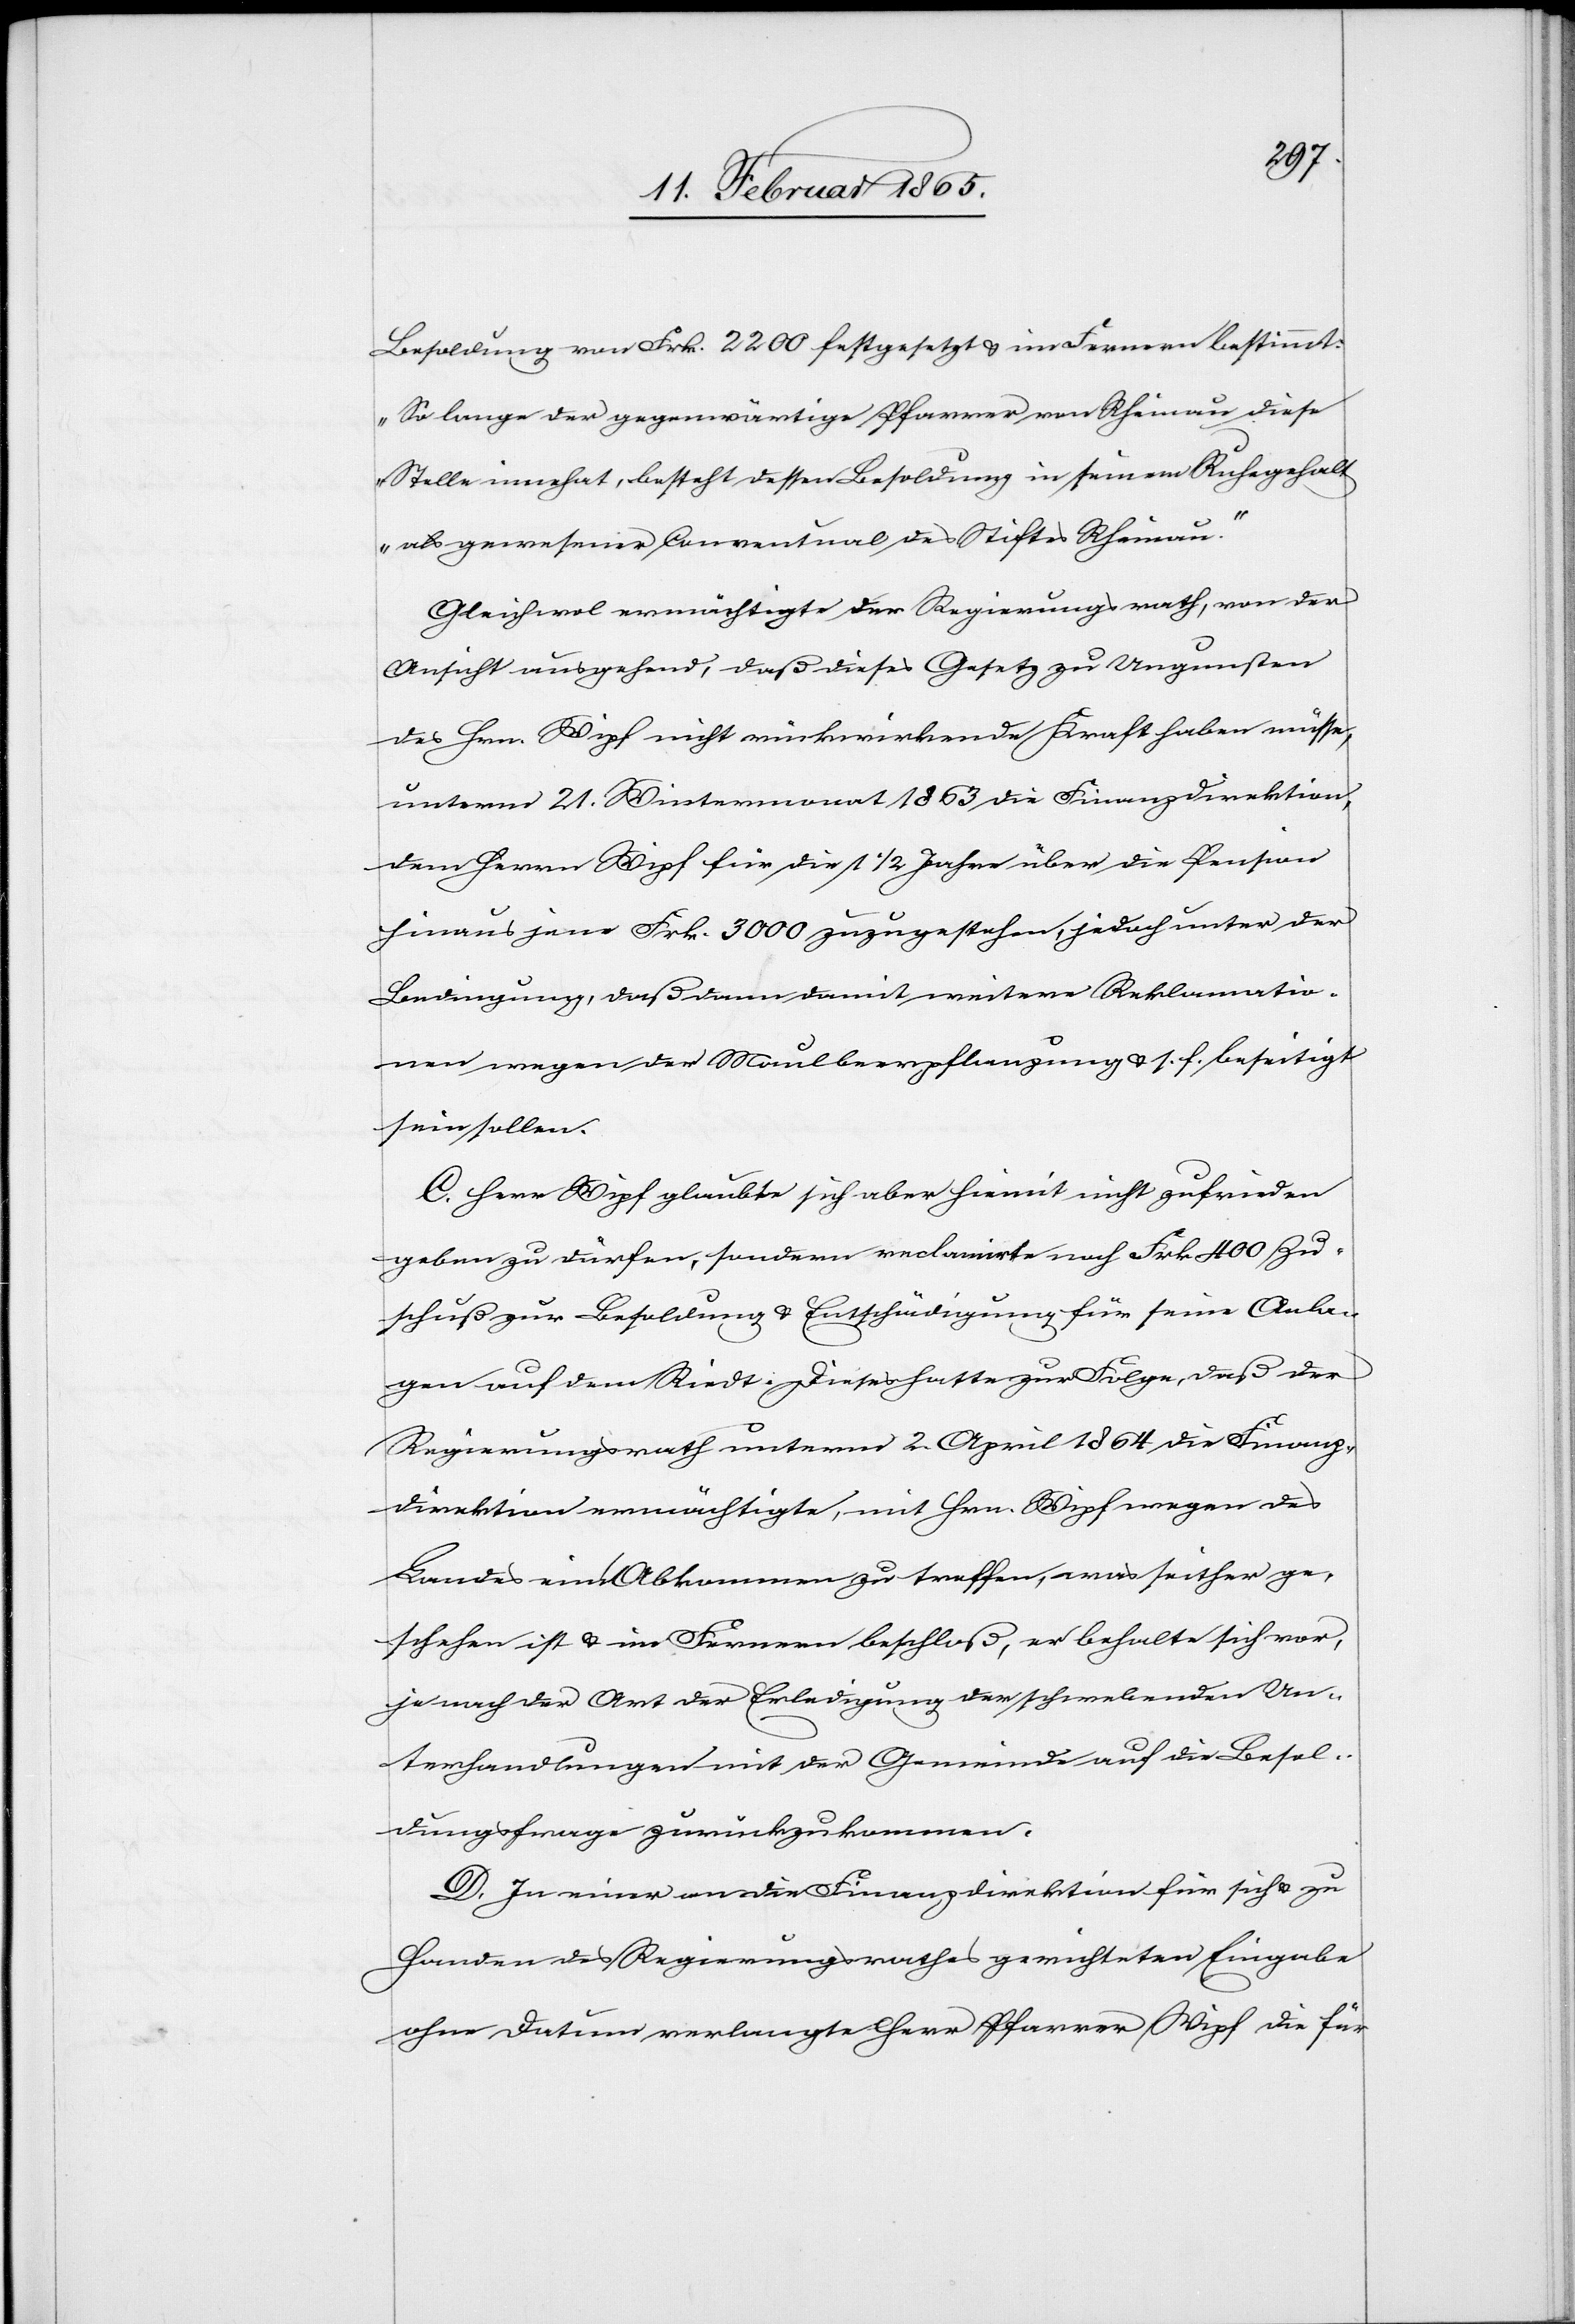
Besoldung von Frk. 2200 festgesetzt u. im Fernern bestimmt:
„So lange der gegenwärtige Pfarrer von Rheinau diese
Stelle innehat, besteht dessen Besoldung in seinem Ruhegehalt
als gewesener Conventual des Stiftes Rheinau.“
Gleichwol ermächtigte der Regierungsrath, von der
Ansicht ausgehend, daß dieses Gesetz zu Ungunsten
des Hrn. Wipf nicht rückwirkende Kraft haben müsse,
unterm 21. Wintermonat 1863 die Finanzdirektion,
dem Herrn Wipf für die 1 ½ Jahre über die Pension
hinaus jene Frk. 3000 zuzugestehen, jedoch unter der
Bedingung, daß dann damit weitere Reklamatio¬
nen wegen der Maulbeerpflanzung u. s. f. beseitigt
sein sollen.
C. Herr Wipf glaubte sich aber hiemit nicht zufrieden
geben zu dürfen, sondern reclamirte noch Frk. 400 Zu¬
schuß zur Besoldung u. Entschädigung, für seine Anla¬
gen auf dem Riedt. Dieses hatte zur Folge, daß der
Regierungsrath unterm 2. April 1864 die Finanz¬
direktion ermächtigte, mit Hrn. Wipf wegen des
Landes ein Abkommen zu treffen, was seither ge¬
schehen ist u. im Fernern beschloß, er behalte sich vor,
je nach der Art der Erledigung der schwebenden Un¬
terhandlungen mit der Gemeinde auf die Besol¬
dungsfrage zurückzukommen.
D. In einer an die Finanzdirektion für sich u. zu
Handen des Regierungsrathes gerichteten Eingabe
ohne Datum verlangte Herr Pfarrer Wipf die für